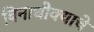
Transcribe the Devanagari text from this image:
बिनाधोक्याचे